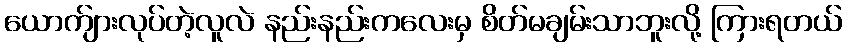
ယောက်ျားလုပ်တဲ့လူလဲ နည်းနည်းကလေးမှ စိတ်မချမ်းသာဘူးလို့ ကြားရတယ်